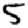
Digit: 5